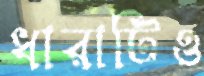
ধারাটিও